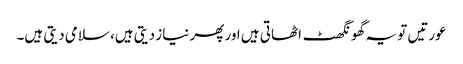
عورتیں تو یہ گھونگھٹ اٹھاتی ہیں اور پھر نیاز دیتی ہیں، سلامی دیتی ہیں۔